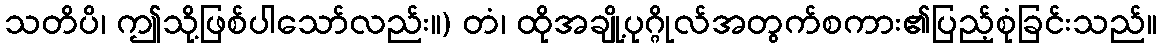
သတိပိ၊ ဤသို့ဖြစ်ပါသော်လည်း။) တံ၊ ထိုအချို့ပုဂ္ဂိုလ်အတွက်စကား၏ပြည့်စုံခြင်းသည်။